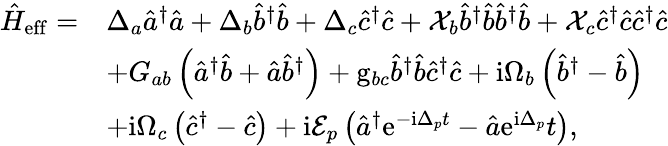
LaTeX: \begin{array}{rl}{\hat{H}_{\mathrm{eff}}=}&{\Delta_{a}\hat{a}^{\dagger}\hat{a}+\Delta_{b}\hat{b}^{\dagger}\hat{b}+\Delta_{c}\hat{c}^{\dagger}\hat{c}+\mathcal{X}_{b}\hat{b}^{\dagger}\hat{b}\hat{b}^{\dagger}\hat{b}+\mathcal{X}_{c}\hat{c}^{\dagger}\hat{c}\hat{c}^{\dagger}\hat{c}}\\ &{+G_{ab}\left(\hat{a}^{\dagger}\hat{b}+\hat{a}\hat{b}^{\dagger}\right)+\mathrm{g}_{bc}\hat{b}^{\dagger}\hat{b}\hat{c}^{\dagger}\hat{c}+\mathrm{i}\Omega_{b}\left(\hat{b}^{\dagger}-\hat{b}\right)}\\ &{+\mathrm{i}\Omega_{c}\left(\hat{c}^{\dagger}-\hat{c}\right)+\mathrm{i}\mathcal{E}_{p}\left(\hat{a}^{\dagger}\mathrm{e}^{-\mathrm{i}\Delta_{p}t}-\hat{a}\mathrm{e}^{\mathrm{i}\Delta_{p}}t\right),}\end{array}